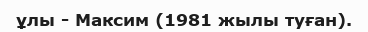
ұлы - Максим (1981 жылы туған).